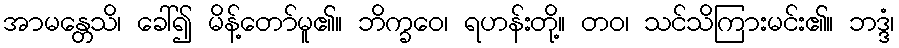
အာမန္တေသိ၊ ခေါ်၍ မိန့်တော်မူ၏။ ဘိက္ခဝေ၊ ရဟန်းတို့။ တဝ၊ သင်သိကြားမင်း၏။ ဘဒ္ဒံ၊